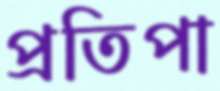
প্রতিপা